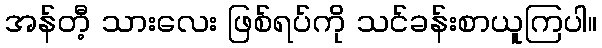
အန်တီ့ သားလေး ဖြစ်ရပ်ကို သင်ခန်းစာယူကြပါ။